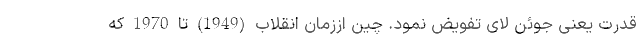
قدرت یعنی جُوئن لای تفویض نمود. چین اززمان انقلاب (1949) تا 1970 که